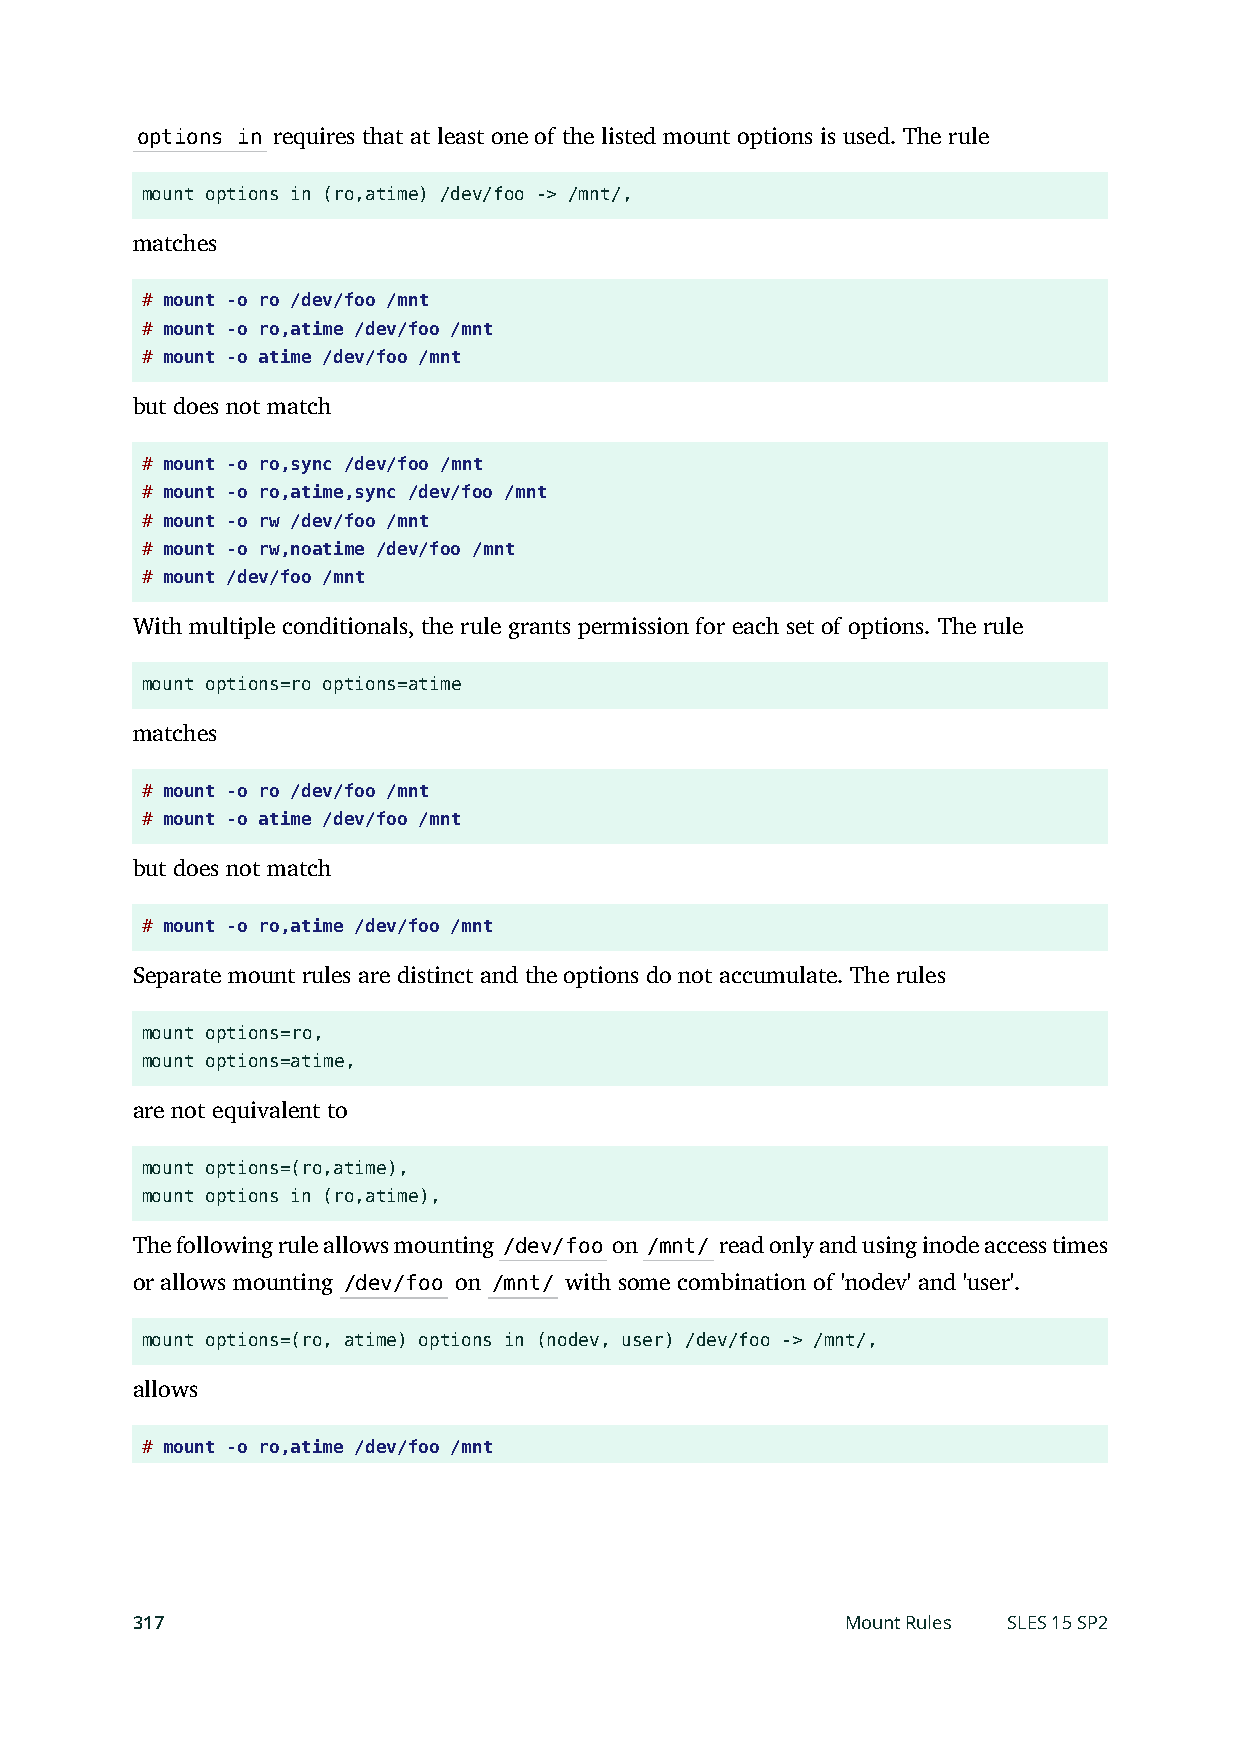
options in requires that at least one of the listed mount options is used. The rule
 mount options in (ro,atime) /dev/foo -> /mnt/,
 matches
 # mount -o ro /dev/foo /mnt
 # mount -o ro,atime /dev/foo /mnt
 # mount -o atime /dev/foo /mnt
 but does not match
 # mount -o ro,sync /dev/foo /mnt
 # mount -o ro,atime,sync /dev/foo /mnt
 # mount -o rw /dev/foo /mnt
 # mount -o rw,noatime /dev/foo /mnt
 # mount /dev/foo /mnt
 With multiple conditionals, the rule grants permission for each set of options. The rule
 mount options=ro options=atime
 matches
 # mount -o ro /dev/foo /mnt
 # mount -o atime /dev/foo /mnt
 but does not match
 # mount -o ro,atime /dev/foo /mnt
 Separate mount rules are distinct and the options do not accumulate. The rules
 mount options=ro,
 mount options=atime,
 are not equivalent to
 mount options=(ro,atime),
 mount options in (ro,atime),
 The following rule allows mounting /dev/foo on /mnt/ read only and using inode access times
 or allows mounting /dev/foo on /mnt/ with some combination of 'nodev' and 'user'.
 mount options=(ro, atime) options in (nodev, user) /dev/foo -> /mnt/,
 allows
 # mount -o ro,atime /dev/foo /mnt
 317                                            Mount Rules SLES 15 SP2